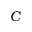
C